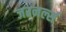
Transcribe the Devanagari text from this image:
जरनर्ल्स